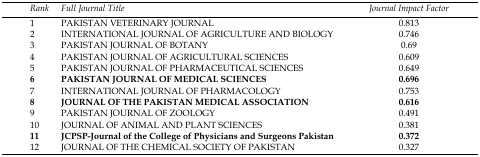
<table><thead><tr><td><b>Rank</b></td><td><b>Full Journal Title</b></td><td><b>Journal Impact Factor</b></td></tr></thead><tbody><tr><td>1</td><td>PAKISTAN VETERINARY JOURNAL</td><td>0.813</td></tr><tr><td>2</td><td>INTERNATIONAL JOURNAL OF AGRICULTURE AND BIOLOGY</td><td>0.746</td></tr><tr><td>3</td><td>PAKISTAN JOURNAL OF BOTANY</td><td>0.69</td></tr><tr><td>4</td><td>PAKISTAN JOURNAL OF AGRICULTURAL SCIENCES</td><td>0.609</td></tr><tr><td>5</td><td>PAKISTAN JOURNAL OF PHARMACEUTICAL SCIENCES</td><td>0.649</td></tr><tr><td><b>6</b></td><td><b>PAKISTAN JOURNAL OF MEDICAL SCIENCES</b></td><td><b>0.696</b></td></tr><tr><td>7</td><td>INTERNATIONAL JOURNAL OF PHARMACOLOGY</td><td>0.753</td></tr><tr><td><b>8</b></td><td><b>JOURNAL OF THE PAKISTAN MEDICAL ASSOCIATION</b></td><td><b>0.616</b></td></tr><tr><td>9</td><td>PAKISTAN JOURNAL OF ZOOLOGY</td><td>0.491</td></tr><tr><td>10</td><td>JOURNAL OF ANIMAL AND PLANT SCIENCES</td><td>0.381</td></tr><tr><td><b>11</b></td><td><b>JCPSP-Journal of the College of Physicians and Surgeons Pakistan</b></td><td><b>0.372</b></td></tr><tr><td>12</td><td>JOURNAL OF THE CHEMICAL SOCIETY OF PAKISTAN</td><td>0.327</td></tr></tbody></table>